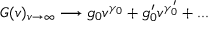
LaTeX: G ( v ) _ { v \to \infty } \longrightarrow g _ { 0 } v ^ { \gamma _ { 0 } } + g _ { 0 } ^ { \prime } v ^ { \gamma _ { 0 } ^ { \prime } } + . . .